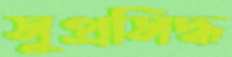
সুপ্রসিদ্ধ